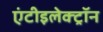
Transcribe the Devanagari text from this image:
एंटीइलेक्ट्रॉन